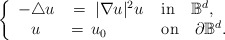
\begin{align*}\left\{\begin{array}{cll}- \triangle u & \; = \; | \nabla u|^2 u & \; \mathrm{in} \quad\mathbb{B}^d, \\u & \, = \, u_0 & \; \mathrm{on} \quad\partial \mathbb{B}^d.\end{array}\right.\end{align*}